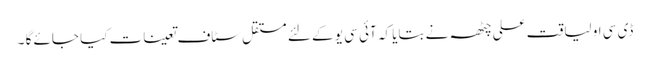
ڈی سی او لیاقت علی چٹھہ نے بتایا کہ آئی سی یو کے لئے مستقل سٹاف تعینات کیا جائے گا ۔